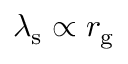
\lambda _ { \mathrm { s } } \propto r _ { \mathrm { g } }